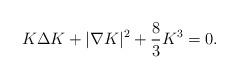
LaTeX: \begin{align*}K\Delta K+|\nabla K|^2+\frac{8}{3}K^3=0.\end{align*}